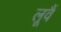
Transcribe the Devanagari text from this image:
लूवैं